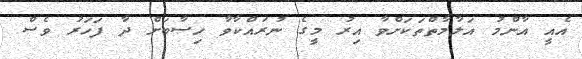
އެއީ އާންމު އަލާމާތްތަކަށްވާ އިރު މީގެ ނުރައްކާވާ ހިސާބަށް ދާ ފަހަރު ވެސް